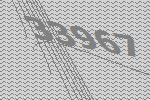
33967